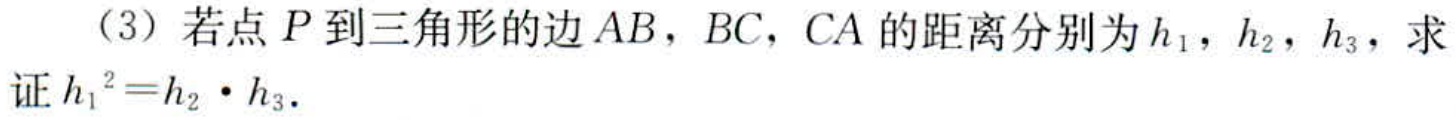
（3）若点 \(P\) 到三角形的边 \(AB\)，\(BC\)，\(CA\) 的距离分别为 \(h_{1}\)，\(h_{2}\)，\(h_{3}\)，求证 \(h_{1}^{2}=h_{2}\cdot h_{3}\)．